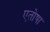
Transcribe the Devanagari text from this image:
एतोषा